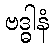
ဗဒ္ဓါနံ